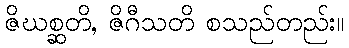
ဇိဃစ္ဆတိ, ဇိဂီသတိ စသည်တည်း။